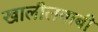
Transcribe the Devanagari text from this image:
खालीलबाबी